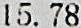
15.78